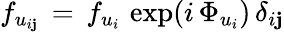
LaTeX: f_{u_{i\mathbf{j}}}\, =\, f_{u_{i}}\, \exp(i\, \Phi_{u_{i}})\, \delta_{i\mathbf{j}}